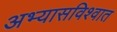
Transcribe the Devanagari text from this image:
अभ्यासविश्वात